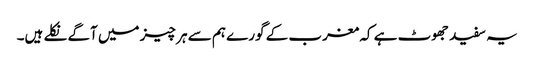
یہ سفید جھوٹ ہے کہ مغرب کے گورے ہم سے ہر چیز میں آگے نکلے ہیں۔